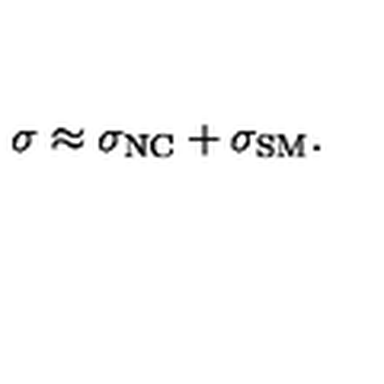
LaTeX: \sigma \approx \sigma _ { \mathrm { N C } } + \sigma _ { \mathrm { S M } } .